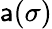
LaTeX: \mathsf{a}(\sigma)